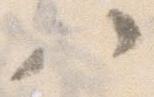
ハ